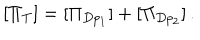
[ \Pi _ { T } ] = [ \Pi _ { D p _ { 1 } } ] + [ \Pi _ { D p _ { 2 } } ] \, .